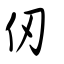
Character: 仞